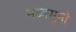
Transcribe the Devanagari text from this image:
मध्वमुनीं